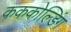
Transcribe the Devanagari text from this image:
कककोल्डिंग